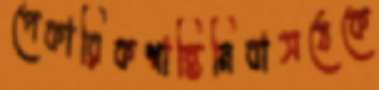
পেকারিকশান্তিনিবাসঠেকে